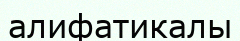
алифатикалы